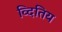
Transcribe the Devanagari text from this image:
व्दितिय